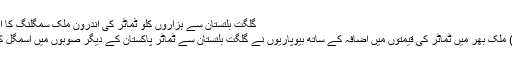
گلگت بلتستان سے ہزاروں کلو ٹماٹر کی اندرون ملک سمگلنگ کا انکشاف – پامیر ٹائمز
گلگت( سٹاف رپورٹر) ملک بھر میں ٹماٹر کی قیمتوں میں اضافہ کے ساتھ بیوپاریوں نے گلگت بلتستان سے ٹماٹر پاکستان کے دیگر صوبوں میں اسمگل کرنا شروع کردیا ہے۔